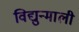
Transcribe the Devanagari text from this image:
विद्युन्माली